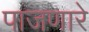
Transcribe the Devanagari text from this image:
पाजणारे